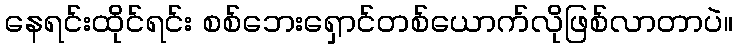
နေရင်းထိုင်ရင်း စစ်ဘေးရှောင်တစ်ယောက်လိုဖြစ်လာတာပဲ။